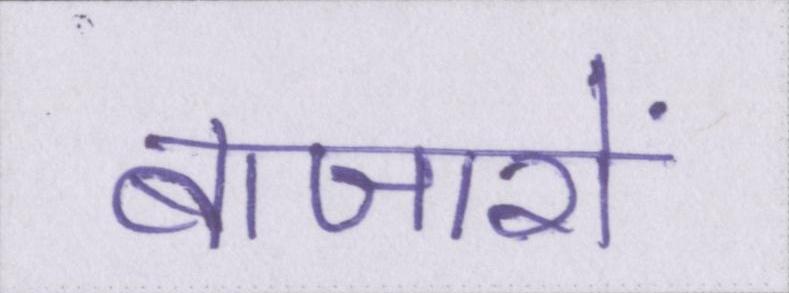
बाजारों